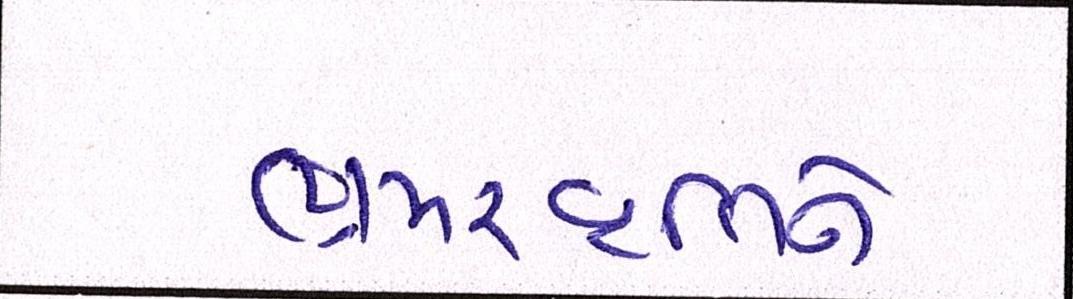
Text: ભ્રમરવૃતિને